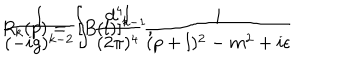
R _ { k } ( p ) = \int \frac { d ^ { 4 } l } { ( 2 \pi ) ^ { 4 } } \frac { i } { ( p + l ) ^ { 2 } - m ^ { 2 } + i \epsilon } \hspace { 0 . 1 c m } \frac { 1 } { ( - i g ) ^ { k - 2 } } [ B ( l ) ] ^ { k - 1 } ,